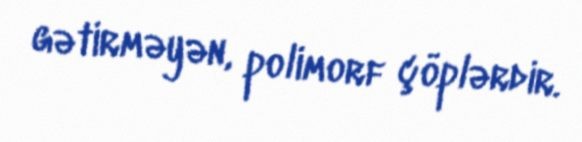
gətirməyən, polimorf çöplərdir.